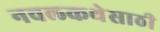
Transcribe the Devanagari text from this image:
नवलकथेसाठी